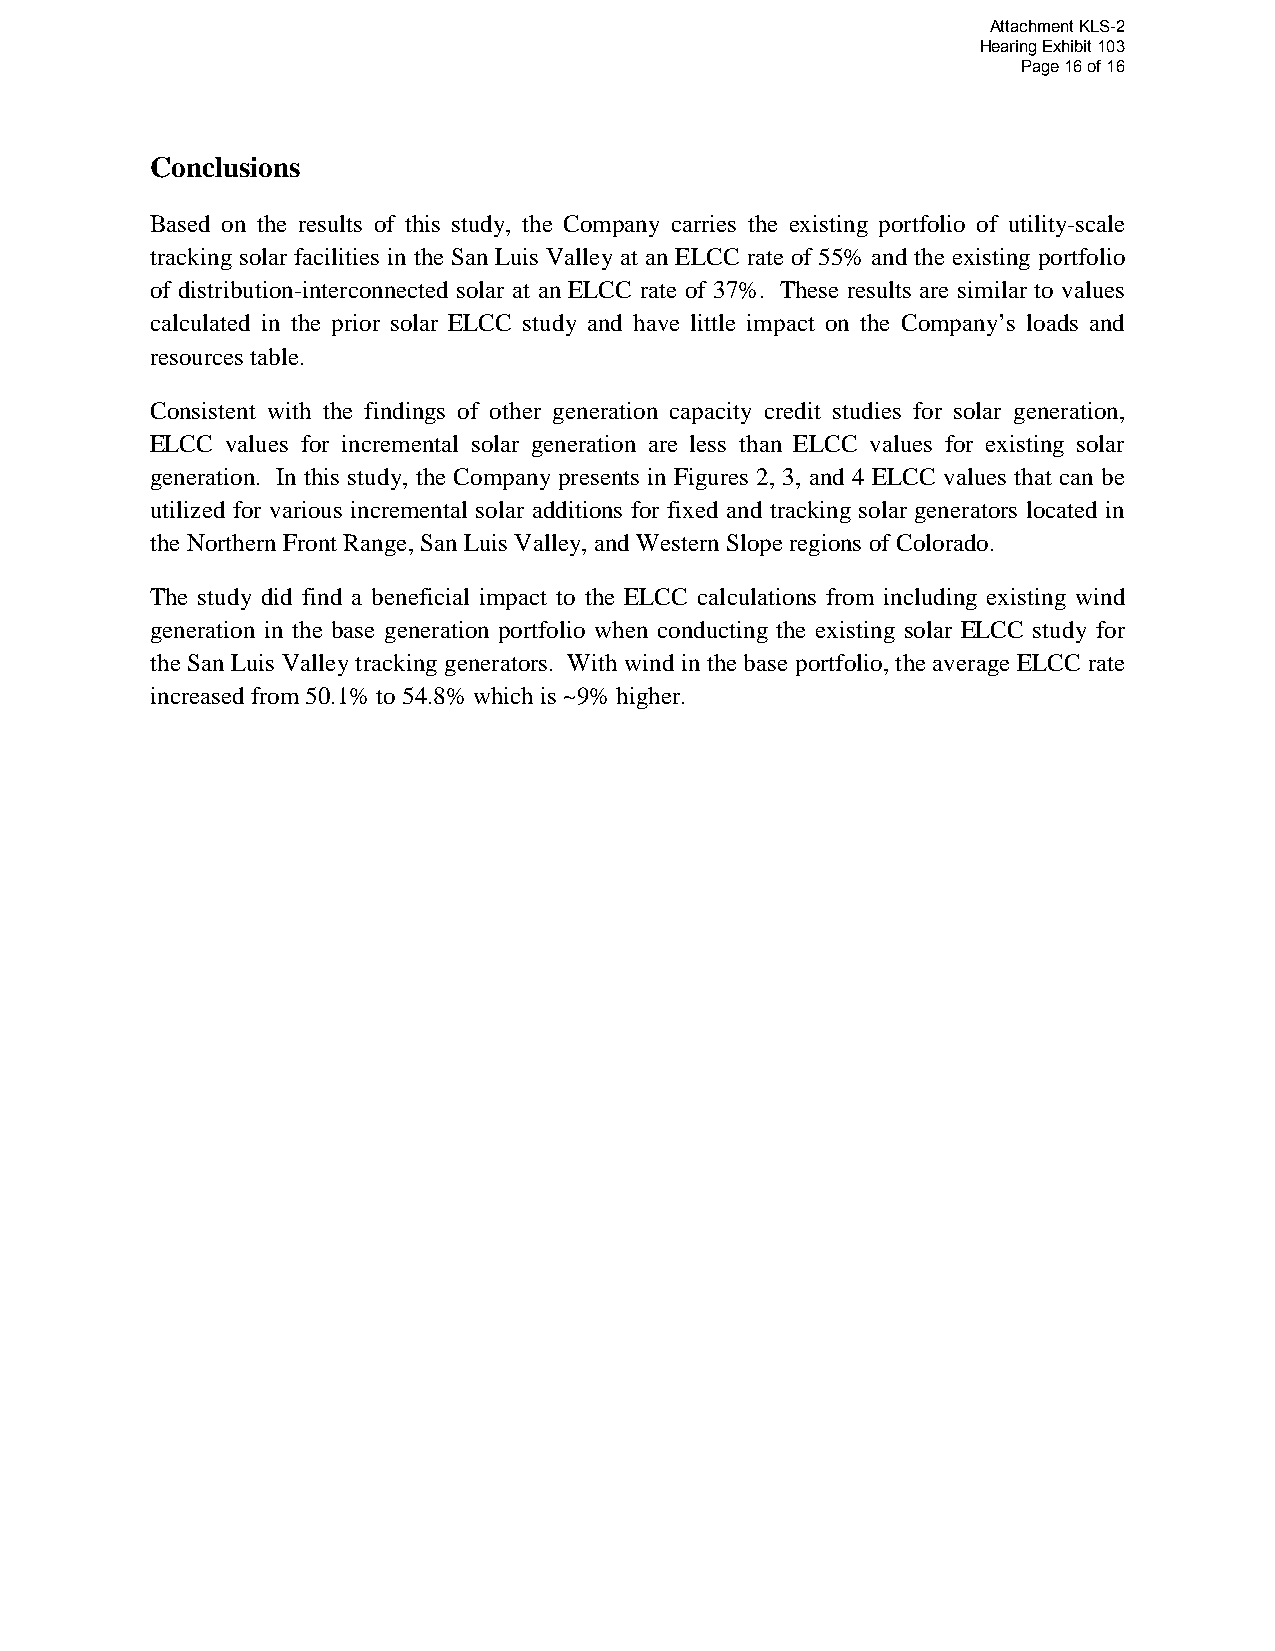
Attachment KLS-2
 Hearing Exhibit 103
 Page 16 of 16
 Conclusions
 Based on the results of this study, the Company carries the existing portfolio of utility-scale
 tracking solar facilities in the San Luis Valley at an ELCC rate of 55% and the existing portfolio
 of distribution-interconnected solar at an ELCC rate of 37%. These results are similar to values
 calculated in the prior solar ELCC study and have little impact on the Company’s loads and
 resources table.
 Consistent with the findings of other generation capacity credit studies for solar generation,
 ELCC values for incremental solar generation are less than ELCC values for existing solar
 generation. In this study, the Company presents in Figures 2, 3, and 4 ELCC values that can be
 utilized for various incremental solar additions for fixed and tracking solar generators located in
 the Northern Front Range, San Luis Valley, and Western Slope regions of Colorado.
 The study did find a beneficial impact to the ELCC calculations from including existing wind
 generation in the base generation portfolio when conducting the existing solar ELCC study for
 the San Luis Valley tracking generators. With wind in the base portfolio, the average ELCC rate
 increased from 50.1% to 54.8% which is ~9% higher.